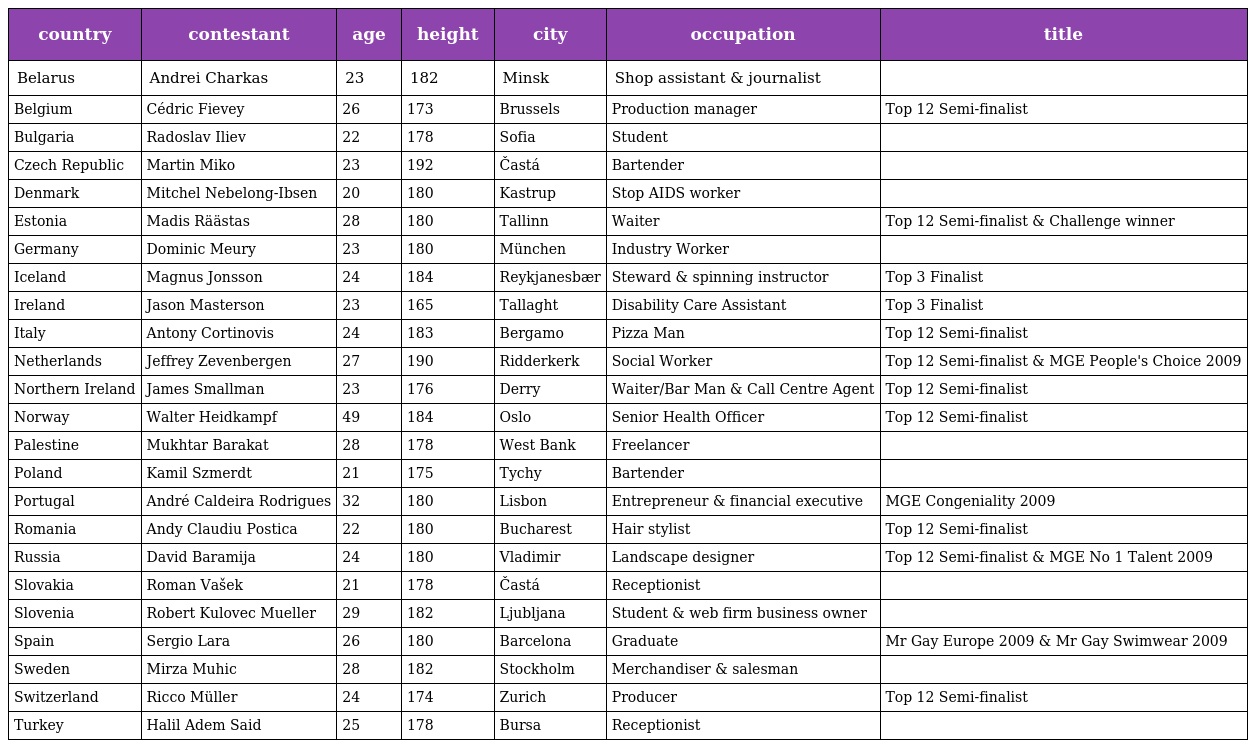
| country | contestant | age | height | city | occupation | title |
 | --- | --- | --- | --- | --- | --- | --- |
 | Belarus | Andrei Charkas | 23 | 182 | Minsk | Shop assistant & journalist |  |
 | Belgium | Cédric Fievey | 26 | 173 | Brussels | Production manager | Top 12 Semi-finalist |
 | Bulgaria | Radoslav Iliev | 22 | 178 | Sofia | Student |  |
 | Czech Republic | Martin Miko | 23 | 192 | Častá | Bartender |  |
 | Denmark | Mitchel Nebelong-Ibsen | 20 | 180 | Kastrup | Stop AIDS worker |  |
 | Estonia | Madis Räästas | 28 | 180 | Tallinn | Waiter | Top 12 Semi-finalist & Challenge winner |
 | Germany | Dominic Meury | 23 | 180 | München | Industry Worker |  |
 | Iceland | Magnus Jonsson | 24 | 184 | Reykjanesbær | Steward & spinning instructor | Top 3 Finalist |
 | Ireland | Jason Masterson | 23 | 165 | Tallaght | Disability Care Assistant | Top 3 Finalist |
 | Italy | Antony Cortinovis | 24 | 183 | Bergamo | Pizza Man | Top 12 Semi-finalist |
 | Netherlands | Jeffrey Zevenbergen | 27 | 190 | Ridderkerk | Social Worker | Top 12 Semi-finalist & MGE People's Choice 2009 |
 | Northern Ireland | James Smallman | 23 | 176 | Derry | Waiter/Bar Man & Call Centre Agent | Top 12 Semi-finalist |
 | Norway | Walter Heidkampf | 49 | 184 | Oslo | Senior Health Officer | Top 12 Semi-finalist |
 | Palestine | Mukhtar Barakat | 28 | 178 | West Bank | Freelancer |  |
 | Poland | Kamil Szmerdt | 21 | 175 | Tychy | Bartender |  |
 | Portugal | André Caldeira Rodrigues | 32 | 180 | Lisbon | Entrepreneur & financial executive | MGE Congeniality 2009 |
 | Romania | Andy Claudiu Postica | 22 | 180 | Bucharest | Hair stylist | Top 12 Semi-finalist |
 | Russia | David Baramija | 24 | 180 | Vladimir | Landscape designer | Top 12 Semi-finalist & MGE No 1 Talent 2009 |
 | Slovakia | Roman Vašek | 21 | 178 | Častá | Receptionist |  |
 | Slovenia | Robert Kulovec Mueller | 29 | 182 | Ljubljana | Student & web firm business owner |  |
 | Spain | Sergio Lara | 26 | 180 | Barcelona | Graduate | Mr Gay Europe 2009 & Mr Gay Swimwear 2009 |
 | Sweden | Mirza Muhic | 28 | 182 | Stockholm | Merchandiser & salesman |  |
 | Switzerland | Ricco Müller | 24 | 174 | Zurich | Producer | Top 12 Semi-finalist |
 | Turkey | Halil Adem Said | 25 | 178 | Bursa | Receptionist |  |